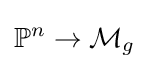
\mathbb {P} ^{n}\to {\mathcal {M}}_{g}